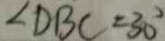
\angle D B C = 3 0 ^ { \circ }